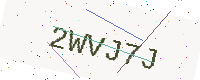
Text: 2WVJ7J